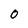
Character: 0